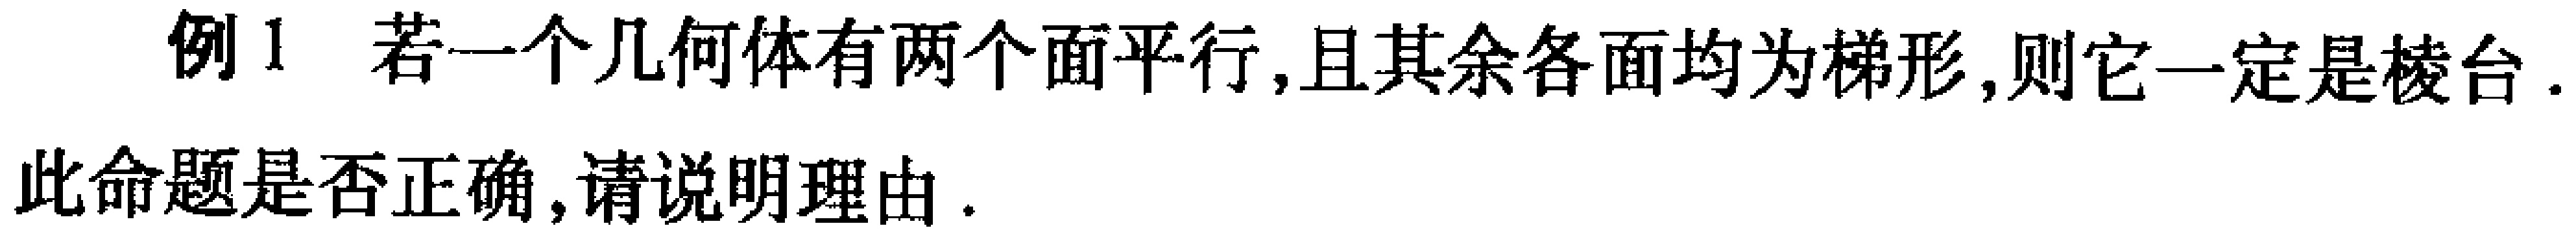
例1 若一个几何体有两个面平行,且其余各面均为梯形,则它一定是棱台.
此命题是否正确,请说明理由.